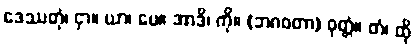
ဒေဿတုံ၊ ငှာ။ ယာ၊ ပေ။ အာဒိ၊ ကို။ (ဘဂဝတာ) ဝုတ္တံ။ တံ၊ ထို